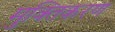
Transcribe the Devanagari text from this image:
मुक्तिकरण